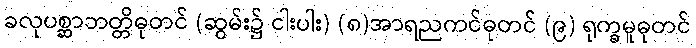
ခလုပစ္ဆာဘတ္တိဓုတင် (ဆွမ်း၌ ငါးပါး) (၈)အာရညကင်ဓုတင် (၉) ရုက္ခမူဓုတင်